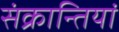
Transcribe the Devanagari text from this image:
संक्रान्तियां